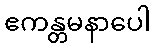
ဧကန္တမနာပေါ